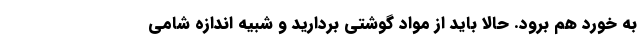
به خورد هم برود. حالا باید از مواد گوشتی بردارید و شبیه اندازه شامی